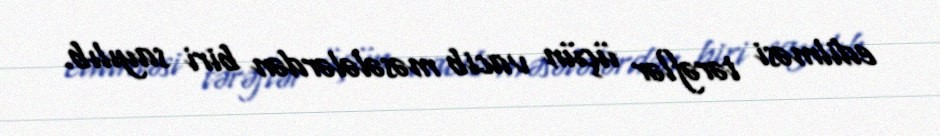
edilməsi tərəflər üçün vacib məsələlərdən biri sayılıb.